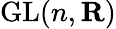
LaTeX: \operatorname{GL}(n,\mathbf{R})